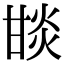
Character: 𤯇